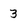
Character: 3